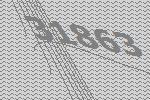
31863